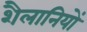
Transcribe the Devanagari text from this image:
शैलानियों